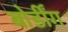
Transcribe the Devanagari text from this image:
बोर्डींग